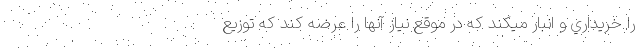
را خريداري و انبار ميكند كه در موقع نياز آنها را عرضه كند كه توزيع